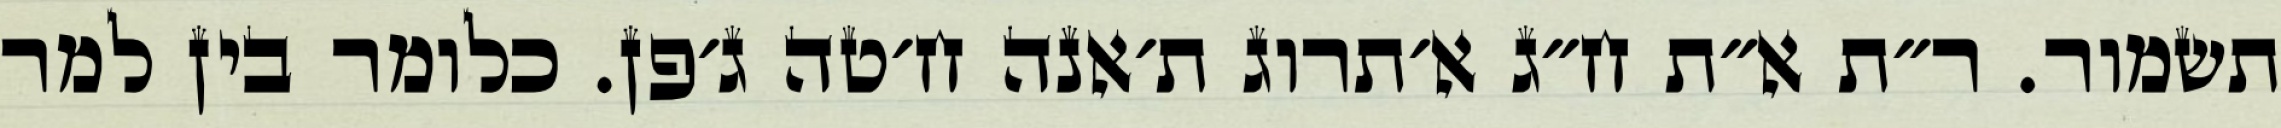
תשמור. ר״ת א״ת ח״ג א׳תרוג ת׳אנה ח׳טה ג׳פן. כלומר בין למר